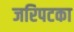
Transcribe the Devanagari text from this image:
जरिपटका